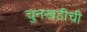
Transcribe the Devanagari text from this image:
चुनखडीची